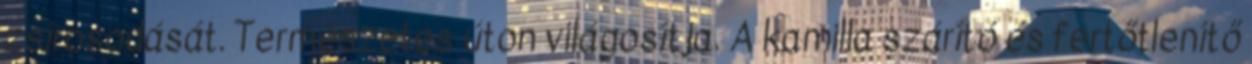
zsírosodását. Természetes úton világosítja. A kamilla szárító és fertőtlenítő